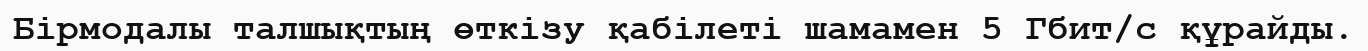
Бірмодалы талшықтың өткізу қабілеті шамамен 5 Гбит/с құрайды.